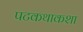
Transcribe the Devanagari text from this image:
पटकथाकशा